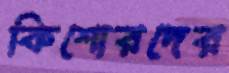
কিশোরদের